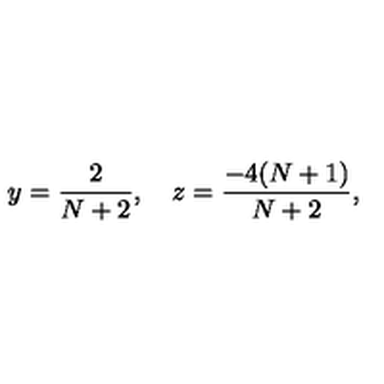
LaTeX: y = \frac { 2 } { N + 2 } , \quad z = \frac { - 4 ( N + 1 ) } { N + 2 } ,